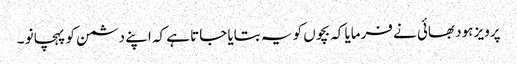
پرویز ہود بھائی نے فرمایا کہ بچوں کو یہ بتایا جاتا ہے کہ اپنے دشمن کو پہچانو ۔